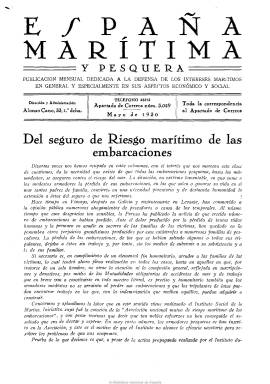
Título: España marítima y pesquera
Colección: Navegación
Ámbito geográfico: Madrid
Lugar de publicación: Madrid
Fechas: 01/05/1930-30/06/1936

Publicación mensual continuadora de España marítima, fundada y dirigida desde 1926 por el oficial de la Armada Alfredo Saralegui Casellas (1883-1961), principal propagandista en España del mutualismo de los trabajadores de la mar e impulsor de los Pósitos de Pescadores, de la Caja Nacional de Crédito Marítimo y del Instituto Social de la Marina, ayudado en su trabajo para mejorar las difíciles condiciones laborales, económicas y sociales de los pescadores españoles y sus familias por su hombre de confianza, el periodista republicano-socialista Rodolfo Viñas Arcos.

El nuevo título continúa la secuencia de numeración de la cabecera anterior, a partir de mayo de 1930, manteniendo la publicación la misma estructura. Incluye artículos sobre Derecho del trabajo, tanto nacional como internacional, dedicando especial atención a los países iberoamericanos, así como otros dedicados a las empresas y la industria pesquera y mercante, con noticias y estadísticas. A partir de 1932 será el órgano oficial de las instituciones del mutualismo y previsión pesquera en España, ofreciendo sus páginas a la extensión de la cultura general y profesional de los trabajadores de la mar, dando cuenta de la reglamentación y desarrollo de las industrias pesqueras y dedicando atención primordial a las cuestiones sociales y a la escolarización de los hijos de los pescadores.

La publicación es fuente básica para conocer el nacimiento y desarrollo de las citadas instituciones de previsión laboral, y contiene información fotográfica. Su último número corresponde a junio de 1936. Con la Dictadura franquista los Pósitos de Pescadores serán convertidos en Cofradías de Pescadores, mientras que a Saralegui se le negará su reincorporación al Instituto Social de la Marina, acusado falsamente de poseer antecedentes comunistas.